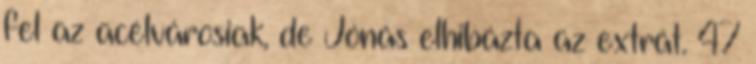
fel az acélvárosiak, de Jónás elhibázta az extrát. 47